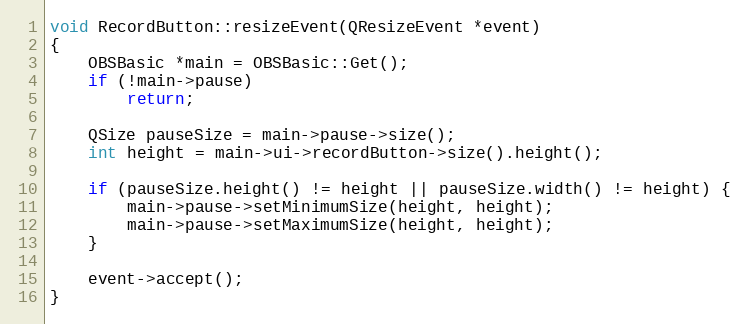
Language: C++
void RecordButton::resizeEvent(QResizeEvent *event)
{
	OBSBasic *main = OBSBasic::Get();
	if (!main->pause)
		return;

	QSize pauseSize = main->pause->size();
	int height = main->ui->recordButton->size().height();

	if (pauseSize.height() != height || pauseSize.width() != height) {
		main->pause->setMinimumSize(height, height);
		main->pause->setMaximumSize(height, height);
	}

	event->accept();
}